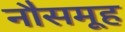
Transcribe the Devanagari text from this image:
नौसमूह